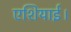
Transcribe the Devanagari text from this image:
एशियाई।